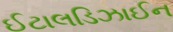
ઈટાલડિઝાઈન